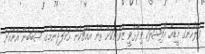
ފުލުހުންގެ މީޑިއާ އޮފިޝަލަކު ވިދާޅުވީ ޒުވާނަކަށް ތޫނު އެއްޗަކުން ހަމަލާދިނުމުގެ ސަބަބުން އޭނާއަށް